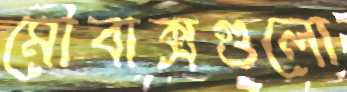
মৌবাক্সগুলো